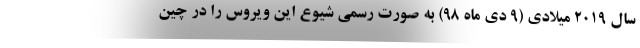
سال ۲۰۱۹ میلادی (۹ دی ماه ۹۸) به صورت رسمی شیوع این ویروس را در چین